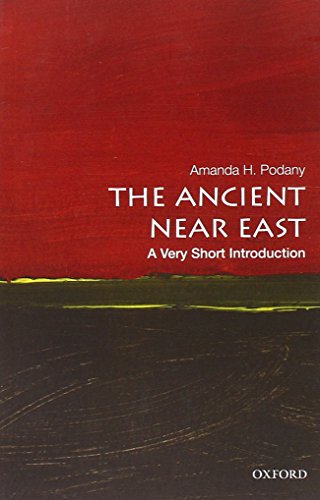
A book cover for The Ancient Near East: A Very Short Introduction (Very Short Introductions); Amanda H. Podany; History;